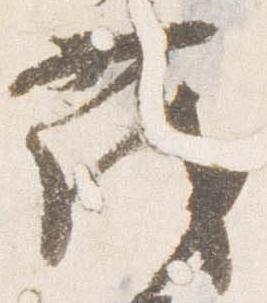
茂